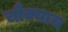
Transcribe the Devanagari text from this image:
चौक्याच